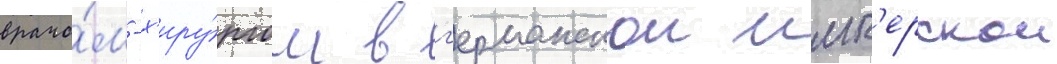
врачо́м-х'иру́ргом в г'ерманскои имп'ерскои